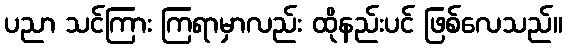
ပညာ သင်ကြား ကြရာမှာလည်း ထိုနည်းပင် ဖြစ်လေသည်။